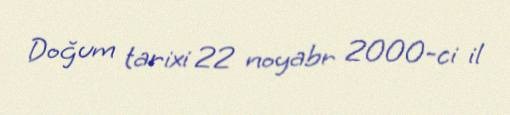
Doğum tarixi 22 noyabr 2000-ci il